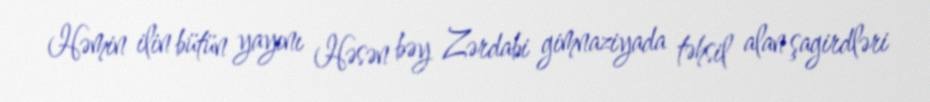
Həmin ilin bütün yayını Həsən bəy Zərdabi gimnaziyada təhsil alan şagirdləri